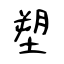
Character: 塑